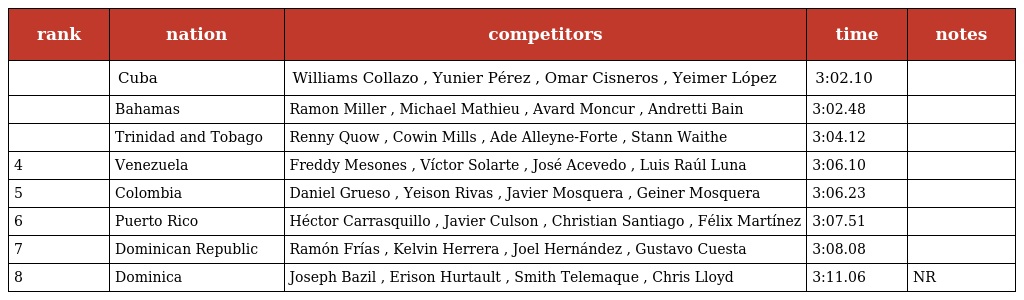
| rank | nation | competitors | time | notes |
 | --- | --- | --- | --- | --- |
 |  | Cuba | Williams Collazo , Yunier Pérez , Omar Cisneros , Yeimer López | 3:02.10 |  |
 |  | Bahamas | Ramon Miller , Michael Mathieu , Avard Moncur , Andretti Bain | 3:02.48 |  |
 |  | Trinidad and Tobago | Renny Quow , Cowin Mills , Ade Alleyne-Forte , Stann Waithe | 3:04.12 |  |
 | 4 | Venezuela | Freddy Mesones , Víctor Solarte , José Acevedo , Luis Raúl Luna | 3:06.10 |  |
 | 5 | Colombia | Daniel Grueso , Yeison Rivas , Javier Mosquera , Geiner Mosquera | 3:06.23 |  |
 | 6 | Puerto Rico | Héctor Carrasquillo , Javier Culson , Christian Santiago , Félix Martínez | 3:07.51 |  |
 | 7 | Dominican Republic | Ramón Frías , Kelvin Herrera , Joel Hernández , Gustavo Cuesta | 3:08.08 |  |
 | 8 | Dominica | Joseph Bazil , Erison Hurtault , Smith Telemaque , Chris Lloyd | 3:11.06 | NR |